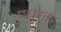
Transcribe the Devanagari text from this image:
मधुरक